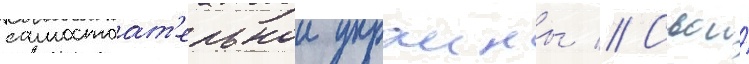
самостоат'ельнои украины // Свои́